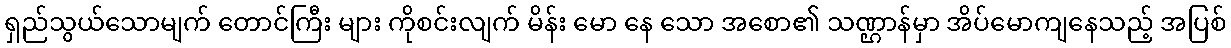
ရှည်သွယ်သောမျက် တောင်ကြီး များ ကိုစင်းလျက် မိန်း မော နေ သော အစော၏ သဏ္ဌာန်မှာ အိပ်မောကျနေသည့် အပြစ်